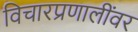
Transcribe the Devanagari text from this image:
विचारप्रणालींवर